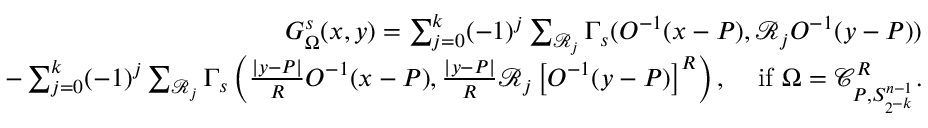
\begin{array} { r l r } & { } & { G _ { \Omega } ^ { s } ( x , y ) = \sum _ { j = 0 } ^ { k } ( - 1 ) ^ { j } \sum _ { \mathcal { R } _ { j } } \Gamma _ { s } ( O ^ { - 1 } ( x - P ) , \mathcal { R } _ { j } O ^ { - 1 } ( y - P ) ) } \\ & { } & { \quad - \sum _ { j = 0 } ^ { k } ( - 1 ) ^ { j } \sum _ { \mathcal { R } _ { j } } \Gamma _ { s } \left( \frac { | y - P | } { R } O ^ { - 1 } ( x - P ) , \frac { | y - P | } { R } \mathcal { R } _ { j } \left[ O ^ { - 1 } ( y - P ) \right] ^ { R } \right) , \quad \, \mathrm { i f } \, \, \Omega = \mathcal { C } _ { P , S _ { 2 ^ { - k } } ^ { n - 1 } } ^ { R } . } \end{array}